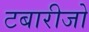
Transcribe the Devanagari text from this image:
टबारीजो